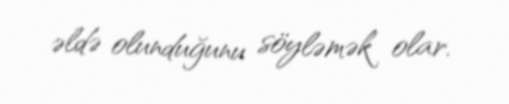
əldə olunduğunu söyləmək olar.